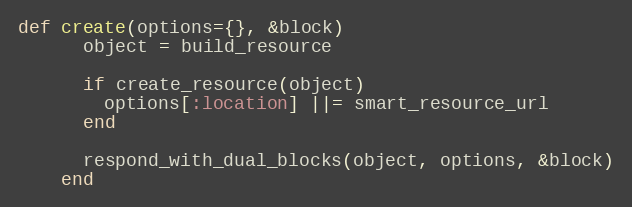
Language: Ruby
def create(options={}, &block)
      object = build_resource

      if create_resource(object)
        options[:location] ||= smart_resource_url
      end

      respond_with_dual_blocks(object, options, &block)
    end